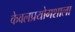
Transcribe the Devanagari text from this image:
केवलप्रयोगशाला